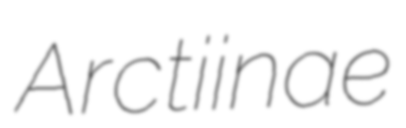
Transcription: Arctiinae